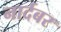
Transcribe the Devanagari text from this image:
नार्दबर